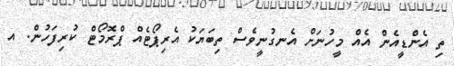
ތި އެންޑީއެން އެއް މީހުނަށް އެނގުނީވެސް ތިބަޔަކު އެރިޕޯޓެއް ޕްރޮމޯޓް ކުރިފަހުން. އ